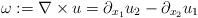
LaTeX: \begin{align*} \omega:=\nabla\times u= \partial_{x_1} u_{2} - \partial_{x_2} u_{1} \end{align*}